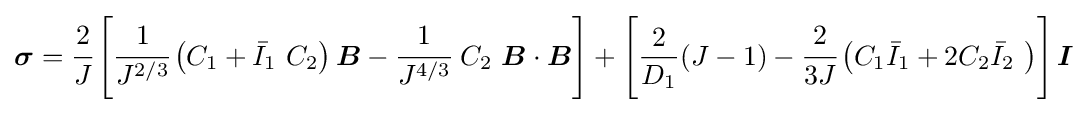
{\boldsymbol {\sigma }}={\cfrac {2}{J}}\left[{\cfrac {1}{J^{2/3}}}\left(C_{1}+{\bar {I}}_{1}~C_{2}\right){\boldsymbol {B}}-{\cfrac {1}{J^{4/3}}}~C_{2}~{\boldsymbol {B}}\cdot {\boldsymbol {B}}\right]+\left[{\frac {2}{D_{1}}}(J-1)-{\cfrac {2}{3J}}\left(C_{1}{\bar {I}}_{1}+2C_{2}{\bar {I}}_{2}~\right)\right]{\boldsymbol {I}}